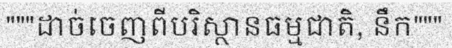
"""ដាច់ចេញពីបរិស្ថានធម្មជាតិ, នឹក"""